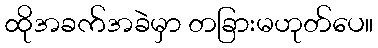
ထိုအခက်အခဲမှာ တခြားမဟုတ်ပေ။